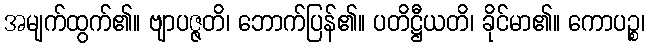
အမျက်ထွက်၏။ ဗျာပဇ္ဇတိ၊ ဘောက်ပြန်၏။ ပတိဋ္ဌီယတိ၊ ခိုင်မာ၏။ ကောပဉ္စ၊